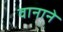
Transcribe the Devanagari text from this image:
वानाने